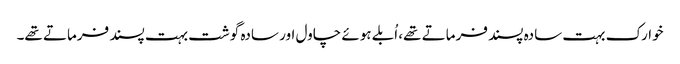
خوارک بہت سادہ پسند فرماتے تھے، اُبلے ہوئے چاول اور سادہ گوشت بہت پسند فرماتے تھے۔